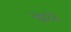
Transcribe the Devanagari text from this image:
न्हाले